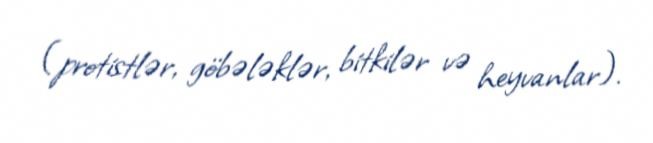
(protistlər, göbələklər, bitkilər və heyvanlar).